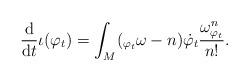
LaTeX: \begin{align*}\frac{\mathrm{d}}{\mathrm{d} t} \iota(\varphi_t) = \int_M (_{\varphi_t} \omega - n) \dot{\varphi_t} \frac{\omega_{\varphi_t}^n}{n!}.\end{align*}